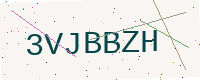
Text: 3VJBBZH